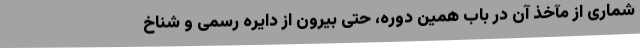
شماری از مآخذ آن در باب همین دوره، حتی بیرون از دایره رسمی و شناخ